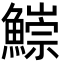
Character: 𩻃